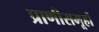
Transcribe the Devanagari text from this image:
प्राणीसमूहों